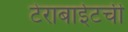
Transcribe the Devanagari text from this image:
टेराबाईटची